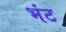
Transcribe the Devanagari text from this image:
भंट